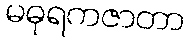
မဓုရကဇာတာ